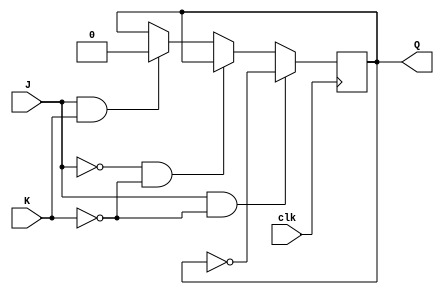
module jk_latch(
    input wire J,
    input wire K,
    input wire clk,
    output reg Q
);

always @(posedge clk)
begin
    if (J && !K) // Toggle output
        Q <= ~Q;
    else if (!J && !K) // Remain in current state
        Q <= Q;
    else if (J && K) // Reset to low output state
        Q <= 1'b0;
end

endmodule